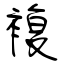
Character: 複